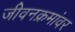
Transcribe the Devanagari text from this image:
जीवनक्रमांवर